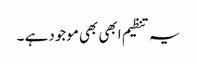
یہ تنظیم ابھی بھی موجود ہے ۔